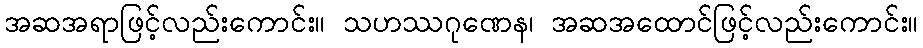
အဆအရာဖြင့်လည်းကောင်း။ သဟဿဂုဏေန၊ အဆအထောင်ဖြင့်လည်းကောင်း။